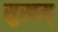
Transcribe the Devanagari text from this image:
सुखम्